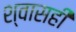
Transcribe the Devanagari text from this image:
श्‍वासही